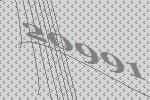
20991